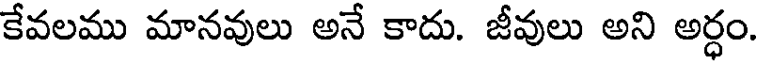
కేవలము మానవులు అనే కాదు. జీవులు అని అర్ధం.